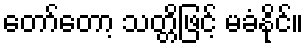
တော်တော့ သတ္တိဖြင့် မခံနိုင်။